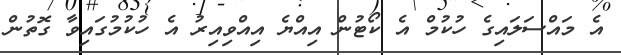
އެ މައްސަލައިގެ ހުކުމް އެ ކޯޓުން އިއްޔެ އިއްވިއިރު އެ ހުކުމުގައިވާ ގޮތުން